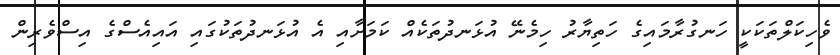
ވެހިކަލްތަކަކީ ހަނގުރާމައިގެ ހަތިޔާރު ހިމެނޭ އުޅަނދުތަކެއް ކަމަށާއި އެ އުޅަނދުތަކުގައި އައިއެސްގެ އިސްވެރިން